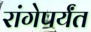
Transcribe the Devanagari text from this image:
रांगेपर्यंत